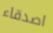
اصدقاء